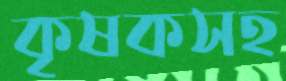
কৃষকসহ